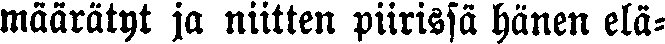
määrätyt ja niitten piirissä hänen elä-